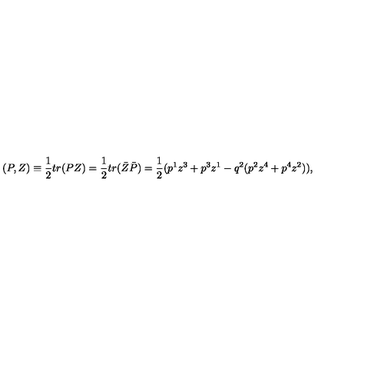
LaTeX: ( P , Z ) \equiv \frac { 1 } { 2 } t r ( P Z ) = \frac { 1 } { 2 } t r ( \bar { Z } \bar { P } ) = \frac { 1 } { 2 } ( p ^ { 1 } z ^ { 3 } + p ^ { 3 } z ^ { 1 } - q ^ { 2 } ( p ^ { 2 } z ^ { 4 } + p ^ { 4 } z ^ { 2 } ) ) ,